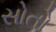
સોતો